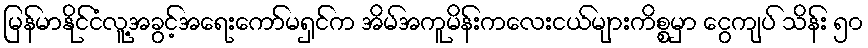
မြန်မာနိုင်ငံလူ့အခွင့်အရေးကော်မရှင်က အိမ်အကူမိန်းကလေးငယ်များကိစ္စမှာ ငွေကျပ် သိန်း ၅၀